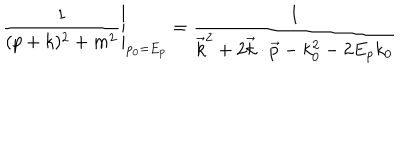
LaTeX: \left. { \frac { 1 } { ( p + k ) ^ { 2 } + m ^ { 2 } } } \right| _ { p _ { 0 } = E _ { p } } = { \frac { 1 } { \vec { k } ^ { 2 } + 2 \vec { k } \cdot \vec { p } - k _ { 0 } ^ { 2 } - 2 E _ { p } k _ { 0 } } }